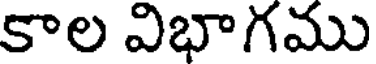
కాల విభాగము